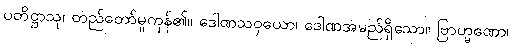
ပတိဋ္ဌာသု၊ တည်တော်မူကုန်၏။ ဒေါဏသဝှယော၊ ဒေါဏအမည်ရှိသော။ ဗြာဟ္မဏော၊